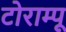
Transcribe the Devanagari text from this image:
टोराम्पू